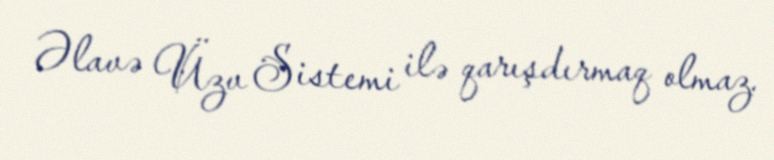
Əlavə Üzv Sistemi ilə qarışdırmaq olmaz.